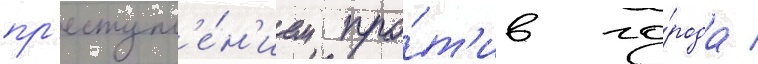
пр'еступл'е́н'ием про́т'ив го́рода /